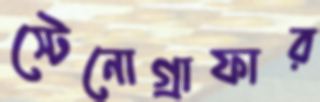
স্টেনোগ্রাফার